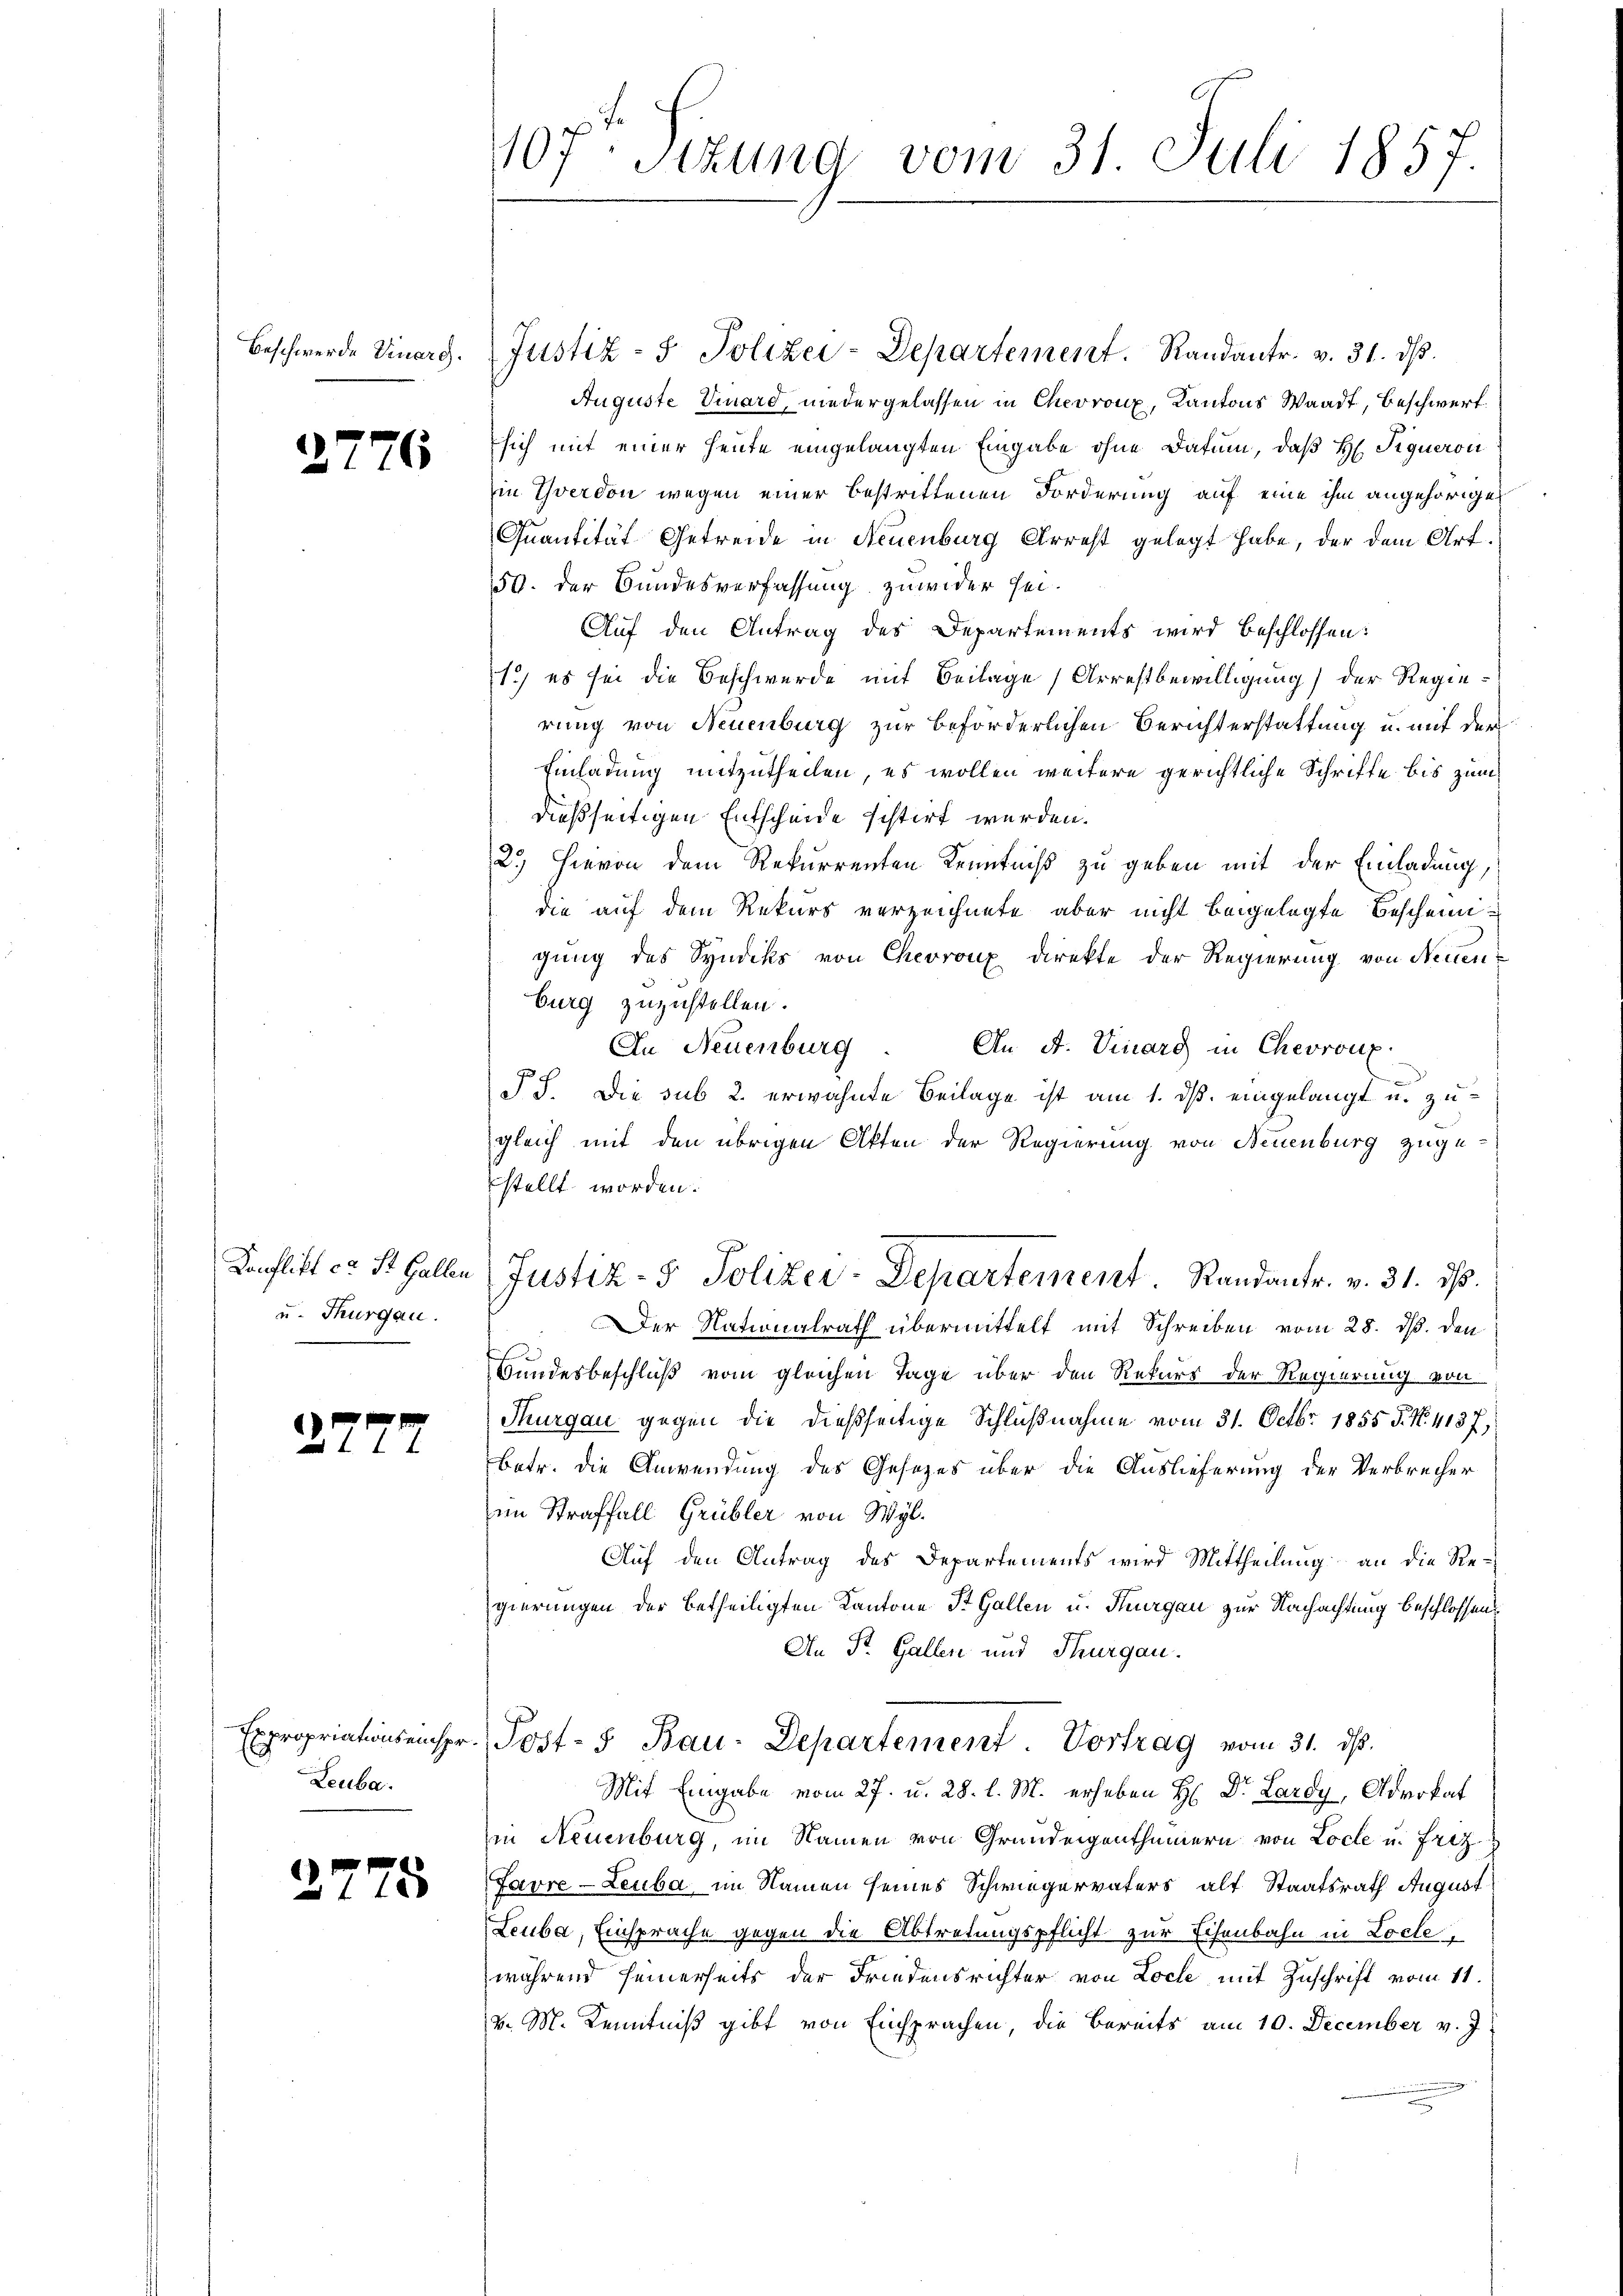
Beschwerde Dinerg.

2776

u. Thurgau.

27

Leuba

2775

107. Sitzung vom 31. Juli 1857.

Justiz- & Polizei-Departement. Randantr. v. 31. dβ.
Auguste Vinard, niedergelassen in Chevron, Kantons Waadt, Beschwert
sich mit einer heute eingelangten Eingabe ohne Datum, daß Hr. Signeron
in Yverdon wegen einer bestrittenen Forderung auf eine ihm angehörigen
Quantität Getreide in Neuenburg Arrest gelegt habe, der dem Art.
50. der Bundesverfassung zuwider sei.
Auf den Antrag des Departements wird beschlossen:
1.) es sei die Beschwerde mit Beilage Arrestbewilligung der Regierung von Neuenburg zur beförderlichen Berichterstattung u. mit der
Einladung mitzutheilen, es wollen weitere gerichtliche Schrifte bis zum
dießseitigen Entscheide sistirt werden.
2.) Hievon dem Rekurrenten Kenntniß zu geben mit der Einladung,
die auf dem Rekurs verzeichnete aber nicht beigelegte Bescheinigung des Syndiks von Chevroux direkte der Regierung von Neuen
burg zuzustellen.
An A. Dinarg in Chevroux.
In Neuenburg
SS. Die sub 2. erwähnte Beilage ist am 1. ds. eingelangt u. zugleich mit den übrigen Akten der Regierung von Neuenburg zugestellt worden.
Konflikt ca St. Gallen (Justiz- & Polizer-Departement. Randantr. v. 31. ds.
Der Nationalrath übermittelt mit Schreiben vom 28. ds. den
Bundesbeschluß vom gleichen Tage über den Rekurs der Regierung von
Thurgau gegen die dießseitige Schlußnahme vom 31. Octbr. 1855 §. No. 4137,
Betr. die Anwendung des Gesetzes über die Auslieferung der Verbrecher
im Straffall Grübler von Wyl
Auf den Antrag des Departements wird Mittheilung an die Regierungen der betheiligten Kantone St. Gallen u. Thurgau zur Nachachtung beschlossen
An St. Gallen und Thurgau.
Expropriationseinstr. Post- & Bau-Departement Vortrag vom 31. ds.
14
Mit Eingabe vom 27. u. 28. l. M. erheben H: Dr. Lardy, Advokat
in Neuenburg, im Namen von Grundeigenthümern von Loche u. Friz
Favre-Leuba im Namen seines Schwiegervaters alt Staatsrath August
Leuba, Einsprache gegen die Abtretungspflicht zur Schenbahn in Loche,
während seinerseits der Friedensrichter von Loche mit Zuschrift vom 11.
v. M. Kenntniß gibt von Einsprachen, die Bereits am 10. December v. J